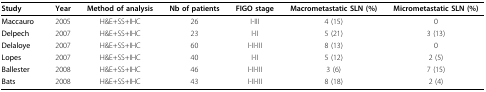
| Study | Year | Method of analysis | Nb of patients | FIGO stage | Macrometastatic SLN (%) | Micrometastatic SLN (%) |
 | --- | --- | --- | --- | --- | --- | --- |
 | Maccauro | 2005 | H&E+SS+IHC | 26 | I-III | 4 (15) | 0 |
 | Delpech | 2007 | H&E+SS+IHC | 23 | I-II | 5 (21) | 3 (13) |
 | Delaloye | 2007 | H&E+SS+IHC | 60 | I-II-III | 8 (13) | 0 |
 | Lopes | 2007 | H&E+SS+IHC | 40 | I-II | 5 (12) | 2 (5) |
 | Ballester | 2008 | H&E+SS+IHC | 46 | I-II-III | 3 (6) | 7 (15) |
 | Bats | 2008 | H&E+SS+IHC | 43 | I-II-III | 8 (18) | 2 (4) |